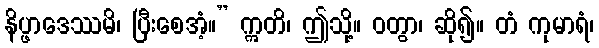
နိပ္ဖာဒေဿမိ၊ ပြီးစေအံ့။” ဣတိ၊ ဤသို့။ ဝတွာ၊ ဆို၍။ တံ ကုမာရံ၊